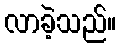
လာခဲ့သည်။